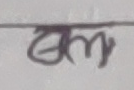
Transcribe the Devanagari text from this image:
एम